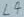
Text: L4